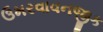
ઉમરવાવનજીક